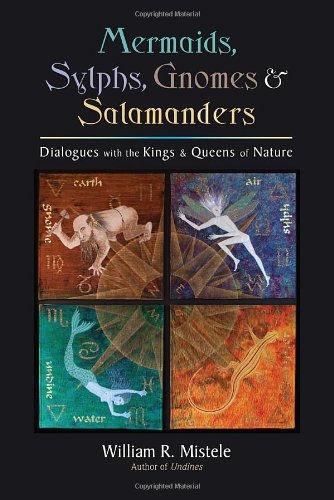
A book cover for Mermaids, Sylphs, Gnomes, and Salamanders: Dialogues with the Kings and Queens of Nature; William R. Mistele; Religion & Spirituality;